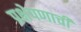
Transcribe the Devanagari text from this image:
प्रक्षेपणाची